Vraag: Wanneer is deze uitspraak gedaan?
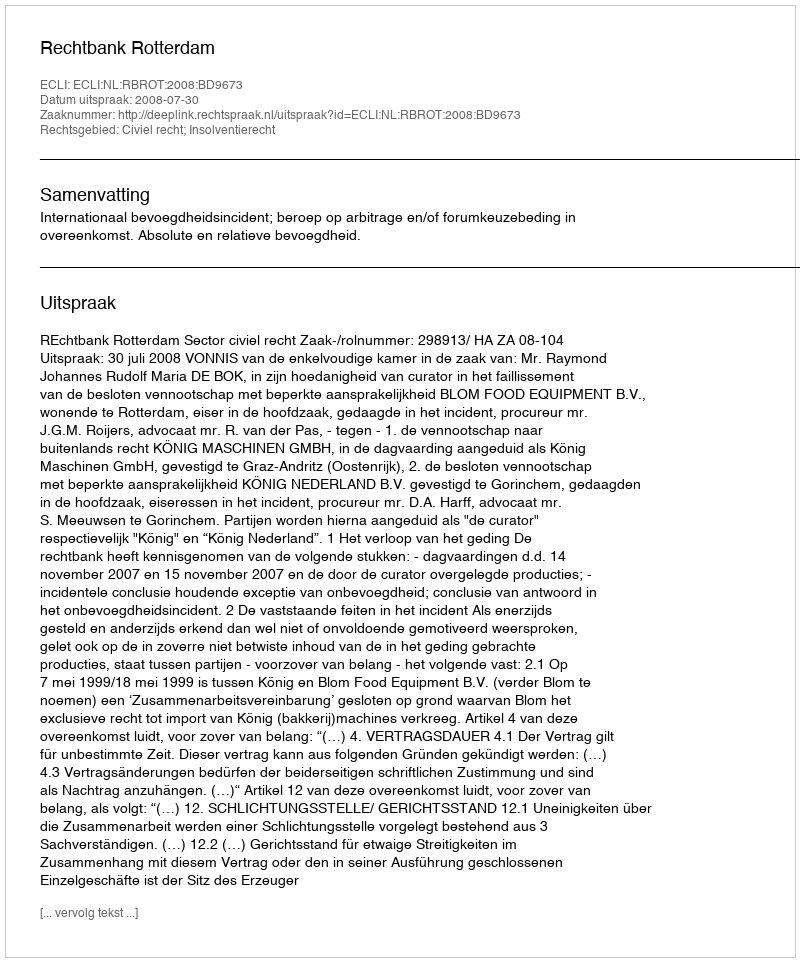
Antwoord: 2008-07-30